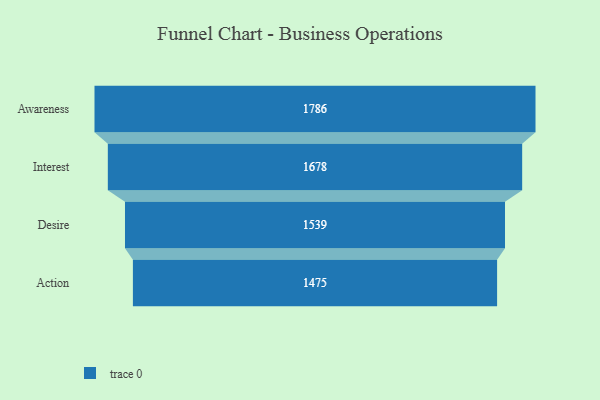
{"axis": {"x": "Stage", "y": "Value"}, "legend": [""], "data": [{"x": "Awareness", "y": 1786.0, "type": ""}, {"x": "Interest", "y": 1678.0, "type": ""}, {"x": "Desire", "y": 1539.0, "type": ""}, {"x": "Action", "y": 1475.0, "type": ""}]}